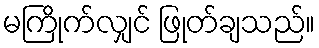
မကြိုက်လျှင် ဖြုတ်ချသည်။